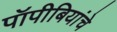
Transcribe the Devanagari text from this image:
पॉपीबियांचे